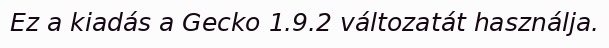
Ez a kiadás a Gecko 1.9.2 változatát használja.